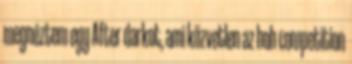
megnéztem egy After darkot, ami közvetlen az hoh competition